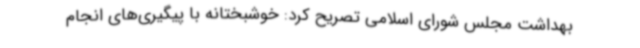
بهداشت مجلس شورای اسلامی تصریح کرد: خوشبختانه با پیگیری‌های انجام